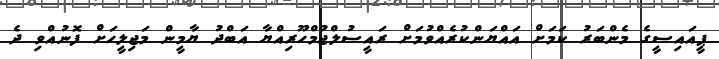
ޕީއައިސީގެ މެންބަރު ކަމަށް އައްޔަންކުރެއްވުމަށް ރައީސުލްޖުމްހޫރިއްޔާ އަބްދު ޔާމީން މަޖިލީހަށް ފޮނުއްވި ދެ